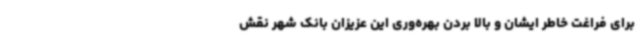
برای فراغت خاطر ایشان و بالا بردن بهره‌وری این عزیزان بانک شهر نقش